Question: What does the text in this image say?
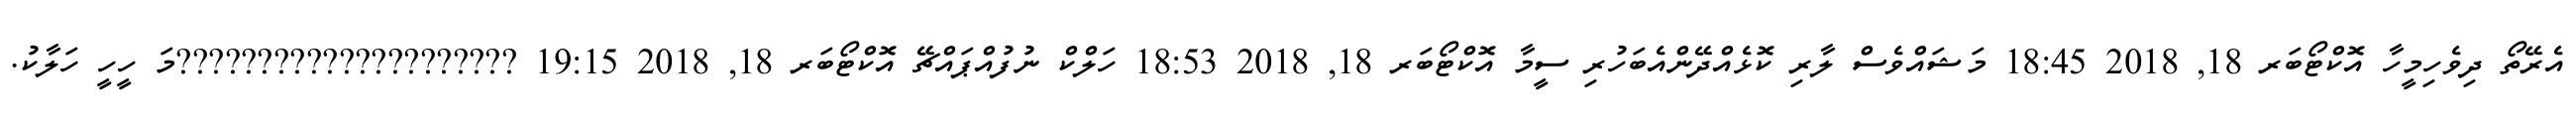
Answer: އެރޭތޯ ދިވެހިމީހާ އޮކްޓޯބަރ 18, 2018 18:45 މަޝައްވެސް ލާރި ކޮޅެއްދޭންއެބަހުރި ސީމާ އޮކްޓޯބަރ 18, 2018 18:53 ހަލްކް ނުފުއްޕައްޗޭ އޮކްޓޯބަރ 18, 2018 19:15 ?????????????????????މަ ހީހީ ހަލާކު.